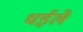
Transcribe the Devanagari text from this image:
धईले